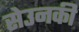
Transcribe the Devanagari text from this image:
सेउनकी